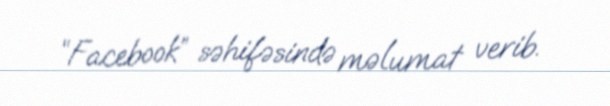
“Facebook” səhifəsində məlumat verib.